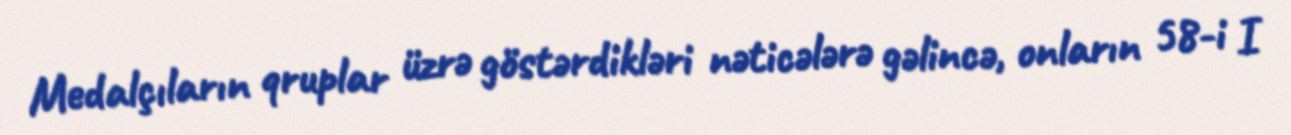
Medalçıların qruplar üzrə göstərdikləri nəticələrə gəlincə, onların 58-i I